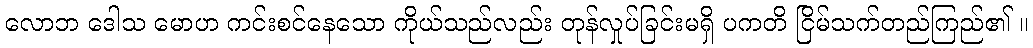
လောဘ ဒေါသ မောဟ ကင်းစင်နေသော ကိုယ်သည်လည်း တုန်လှုပ်ခြင်းမရှိ ပကတိ ငြိမ်သက်တည်ကြည်၏ ။